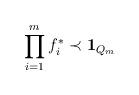
LaTeX: \begin{align*}\prod_{i=1}^{m} f_{i}^{\ast} \prec {\bf 1}_{Q_{m}}\end{align*}